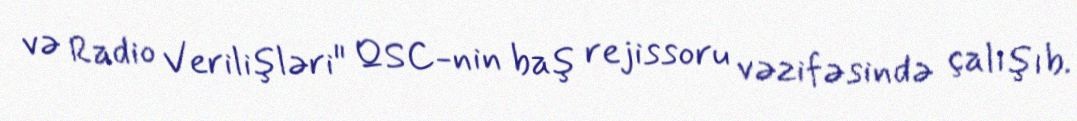
və Radio Verilişləri" QSC-nin baş rejissoru vəzifəsində çalışıb.